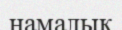
намалық